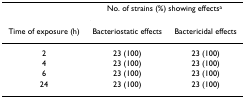
<table><thead><tr><td></td><td colspan="2"><b>No. of strains (%) showing effects<sup>a</sup></b></td></tr><tr><td><b>Time of exposure (h)</b></td><td><b>Bacteriostatic effects</b></td><td><b>Bactericidal effects</b></td></tr></thead><tbody><tr><td>2</td><td>23 (100)</td><td>23 (100)</td></tr><tr><td>4</td><td>23 (100)</td><td>23 (100)</td></tr><tr><td>6</td><td>23 (100)</td><td>23 (100)</td></tr><tr><td>24</td><td>23 (100)</td><td>23 (100)</td></tr></tbody></table>